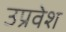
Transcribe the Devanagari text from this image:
उप्रवेश